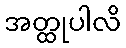
အတ္ထုပါလိ